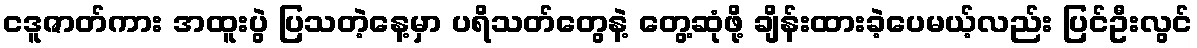
ငဒူဇာတ်ကား အထူးပွဲ ပြသတဲ့နေ့မှာ ပရိသတ်တွေနဲ့ တွေ့ဆုံဖို့ ချိန်းထားခဲ့ပေမယ့်လည်း ပြင်ဦးလွင်